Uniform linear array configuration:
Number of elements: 4
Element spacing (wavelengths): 1
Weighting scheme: blackman
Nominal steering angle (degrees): -15
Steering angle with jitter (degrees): -13.687
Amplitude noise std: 0.05
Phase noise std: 0.05

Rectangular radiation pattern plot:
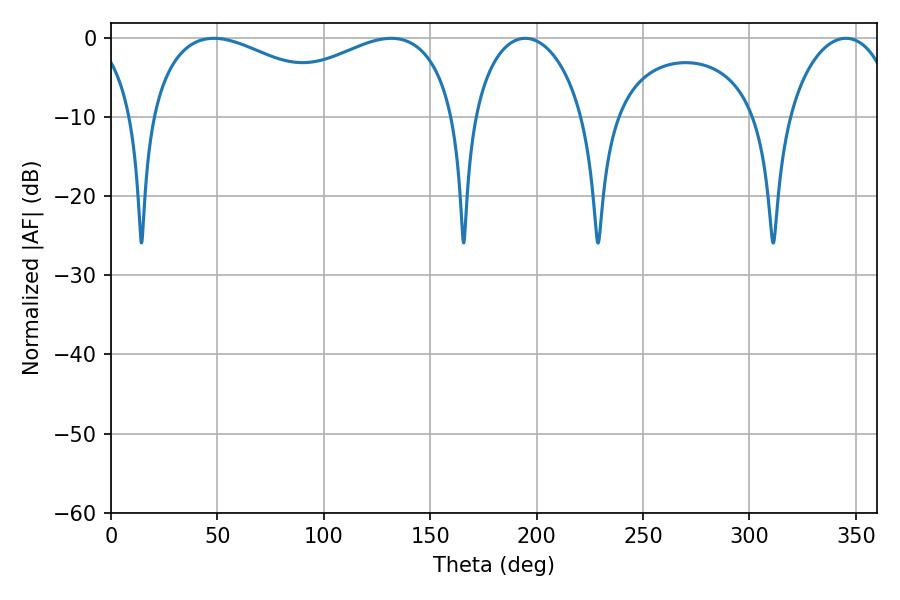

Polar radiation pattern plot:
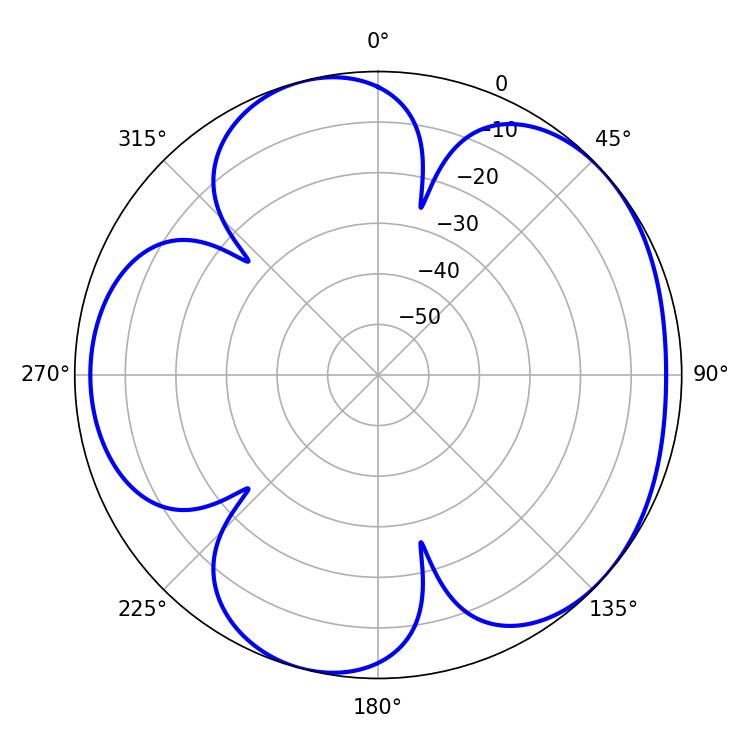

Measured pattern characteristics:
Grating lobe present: TRUE
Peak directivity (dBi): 4.779
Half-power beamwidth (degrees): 55.98
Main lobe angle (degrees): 48.42